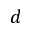
d